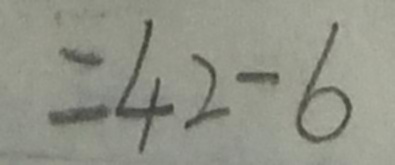
= 4 2 - 6